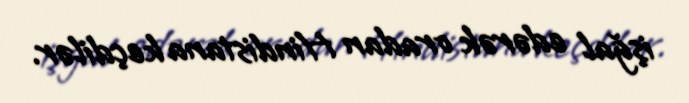
işğal edərək oradan Hindistana keçdilər.